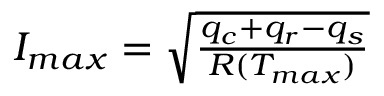
\begin{array} { r } { I _ { m a x } = \sqrt { \frac { q _ { c } + q _ { r } - q _ { s } } { R ( T _ { m a x } ) } } } \end{array}